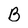
Character: B